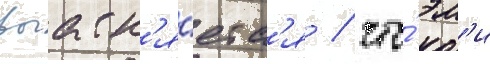
выасн'я́етс'я / что́ эм'и